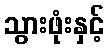
သွားဖုံးနှင့်